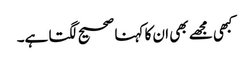
کبھی مجھے بھی ان کا کہنا صحیح لگتا ہے۔